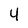
Character: 4